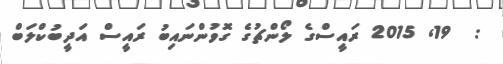
:  19